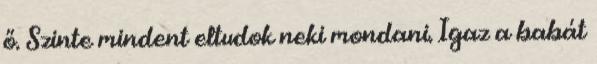
ő. Szinte mindent eltudok neki mondani. Igaz a babát